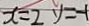
x = 2 y = - 1